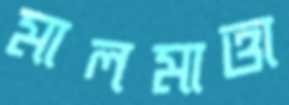
মালমাত্তা